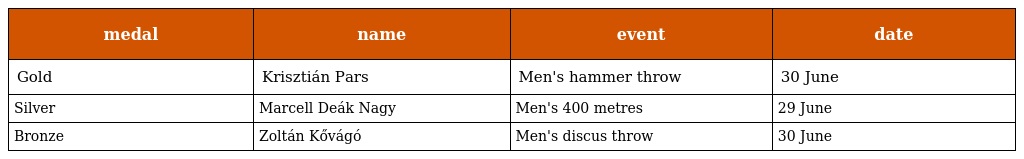
| medal | name | event | date |
 | --- | --- | --- | --- |
 | Gold | Krisztián Pars | Men's hammer throw | 30 June |
 | Silver | Marcell Deák Nagy | Men's 400 metres | 29 June |
 | Bronze | Zoltán Kővágó | Men's discus throw | 30 June |